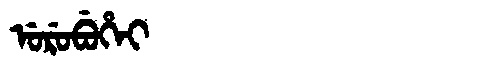
Manchu: ᡠᡵᡠᠪᡠᡥᡝᡳ
Romanization: URUBUHEI